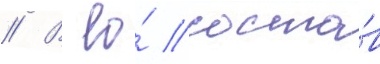
// В ео́ соста́в